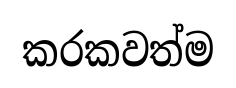
කරකවත්ම